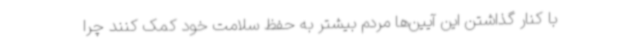
با کنار گذاشتن این آیین‌ها مردم بیشتر به حفظ سلامت خود کمک کنند چرا